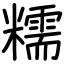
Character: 糯